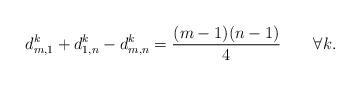
LaTeX: \begin{align*}d^k_{m,1}+d^k_{1,n}-d^k_{m,n}=\frac{(m-1)(n-1)}{4}\qquad \forall k.\end{align*}